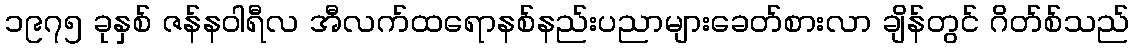
၁၉၇၅ ခုနှစ် ဇန်နဝါရီလ အီလက်ထရောနစ်နည်းပညာများခေတ်စားလာ ချိန်တွင် ဂိတ်စ်သည်